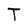
Character: T